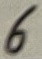
Text: 6